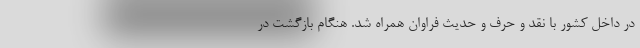
در داخل کشور با نقد و حرف و حدیث فراوان همراه شد. هنگام بازگشت در